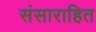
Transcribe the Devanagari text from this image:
संसाराहित